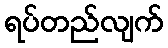
ရပ်တည်လျက်